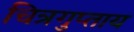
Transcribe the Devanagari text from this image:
चित्रगुप्ताय